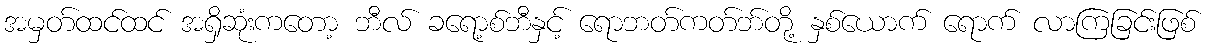
အမှတ်ထင်ထင် အရှိဆုံးကတော့ ဘီလ် ခရော့စ်ဘီနှင့် ရောဘတ်ကတ်ဘ်တို့ နှစ်ယောက် ရောက် လာကြခြင်းဖြစ်